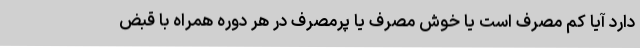
دارد آیا کم مصرف است یا خوش مصرف یا پرمصرف در هر دوره همراه با قبض